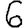
Digit: 6